Annual administration report of the Civil Veterinary Department, Ajmere-Merwara, British Rajputana - 1914-1940
Year: 1914
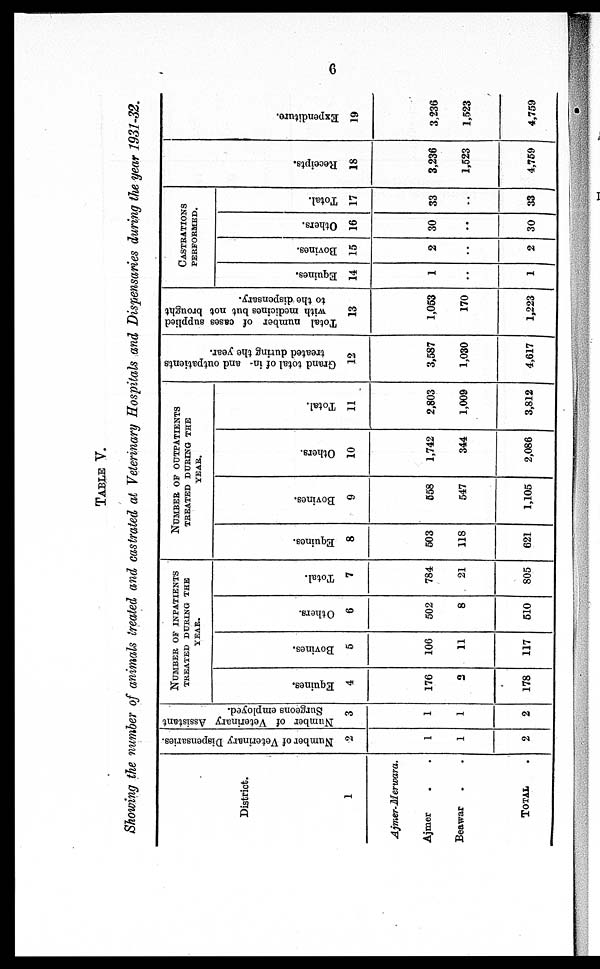
6
TABLE V.
Showing the number of animals treated and castrated at Veterinary Hospitals and Dispensaries during the year 1931-32.
District.
1
Ajmer-Merwara.
Ajmer . .
Beawar . .
TOTAL .
Number of Veterinary Dispensaries.
2
1
1
2
Number of Veterinary Assistant
Surgeons employed.
3
1
1
2
NUMBER OF INPATIENTS
TREATED DURING THE
YEAR.
Equines.
4
176
2
178
Bovines.
5
106
11
117
Others.
6
502
8
510
Total.
7
784
21
805
NUMBER OF OUTPATIENTS
TREATED DURING THE
YEAR.
Equines.
8
503
118
621
Bovines.
9
558
547
1,105
Others.
10
1,742
344
2,086
Total.
11
2,803
1,009
3,812
Grand total of in and outpatients
treated during the year.
12
3,587
1,030
4,617
Total number of cases supplied
with medicines but not brought
to the dispensary.
13
1,053
170
1,223
CASTRATIONS
PERFORMED.
Equines.
14
1
..
1
Bovines.
15
2
..
2
Others.
16
30
..
30
Total.
17
33
..
33
Receipts.
18
3,236
1,523
4,759
Expenditure.
19
3,236
1,523
4,759